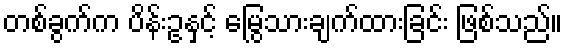
တစ်ခွက်က ပိန်းဥနှင့် မြွေသားချက်ထားခြင်း ဖြစ်သည်။